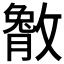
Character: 𫿔